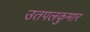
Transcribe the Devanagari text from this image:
उतपलकुमार